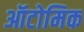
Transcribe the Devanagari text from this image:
ऑटोमिक